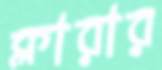
ক্লারার